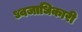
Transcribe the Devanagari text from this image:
ध्वजाधिकारी